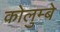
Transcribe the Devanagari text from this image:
कोलुम्बे